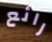
رائع